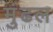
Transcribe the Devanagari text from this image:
मुंढल